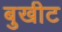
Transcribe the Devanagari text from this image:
बुखीट